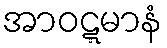
အာဝဋ္ဋမာနံ